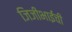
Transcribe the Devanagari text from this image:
जिजीभाईंची